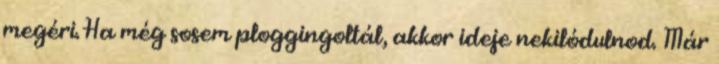
megéri. Ha még sosem ploggingoltál, akkor ideje nekilódulnod. Már